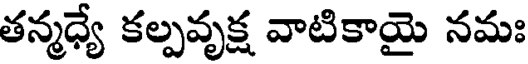
తన్మధ్యే కల్పవృక్ష వాటికాయై నమః